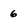
Character: 6